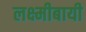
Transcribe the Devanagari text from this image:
लक्ष्मीबायी